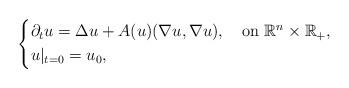
LaTeX: \begin{align*}\left\{\begin{aligned}&\partial_tu=\Delta u+A(u)(\nabla u,\nabla u),\quad\mbox{on $\mathbb{R}^n\times\mathbb{R}_+$},& \\&u|_{t=0}=u_0,&\end{aligned}\right.\end{align*}